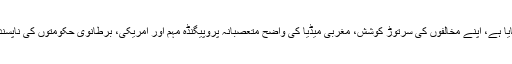
طیب اردوان نے کرشمہ کر دکھایا ہے، اپنے مخالفوں کی سرتوڑ کوشش، مغربی میڈیا کی واضح متعصبانہ پروپیگنڈہ مہم اور امریکی، برطانوی حکومتوں کی ناپسندیدگی کے باوجود وہ جیت گئے ۔